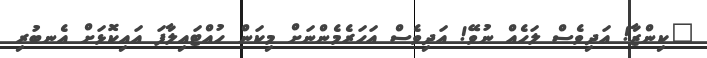
"ކިންޒާ! އަދިވެސް ލަހެއް ނުވޭ! އަދިވެސް އަހަރެމެންނަށް މިކަން ހުއްޓައިލާފަ އައިކޮޅަށް އެނބުރި